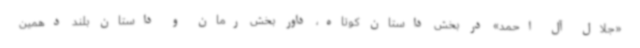
«جلال آل احمد» در بخش داستان کوتاه، داور بخش رمان و داستان بلند دهمین